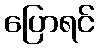
ပြောရင်